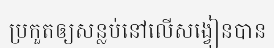
ប្រកួតឲ្យសន្លប់នៅលើសង្វៀនបាន